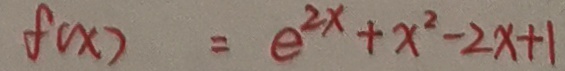
f ( x ) = e ^ { 2 x } + x ^ { 2 } - 2 x + 1